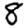
Digit: 8